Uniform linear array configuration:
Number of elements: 12
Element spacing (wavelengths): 1
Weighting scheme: blackman
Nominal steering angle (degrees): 0
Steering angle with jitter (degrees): -1.023
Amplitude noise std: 0.05
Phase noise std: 0.05

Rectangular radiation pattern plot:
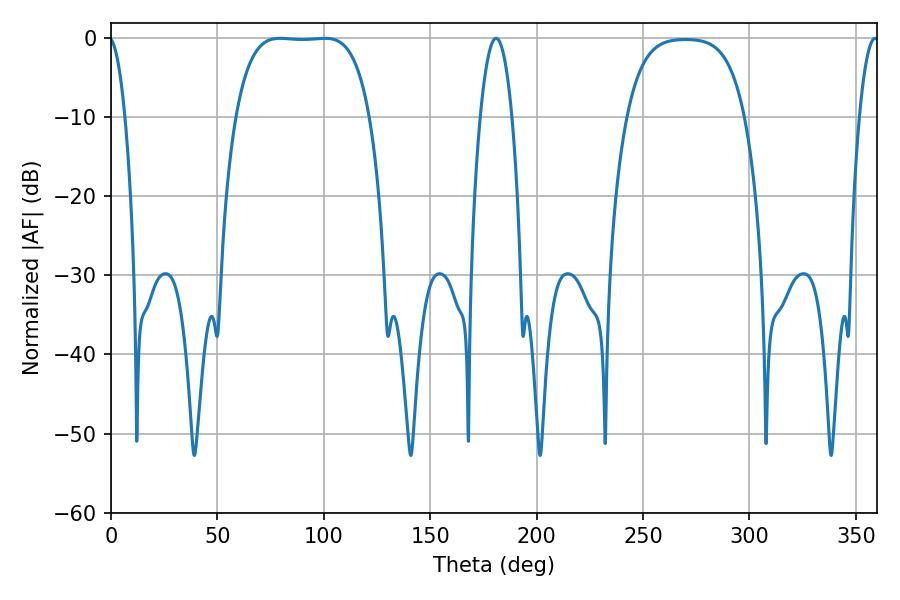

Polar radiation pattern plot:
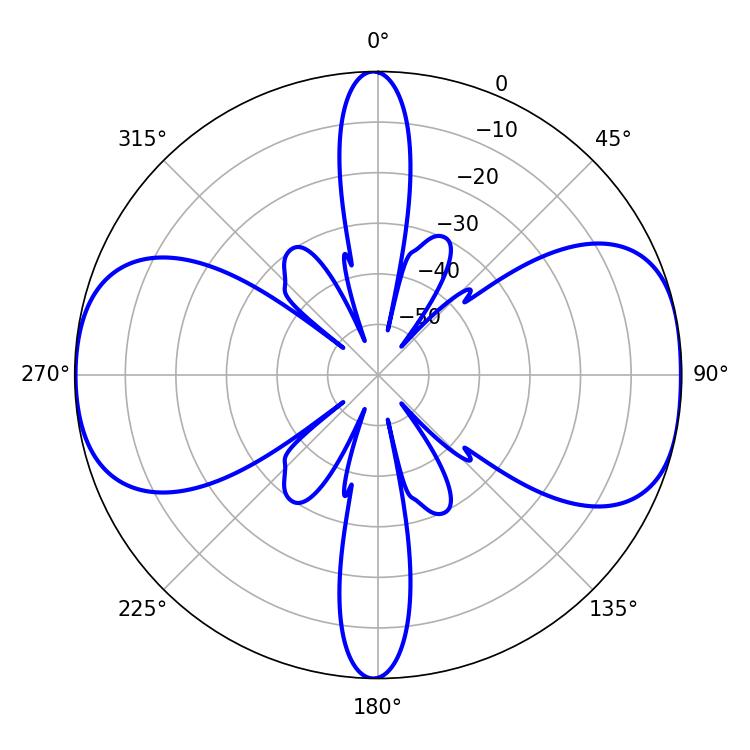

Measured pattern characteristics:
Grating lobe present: TRUE
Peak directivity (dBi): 10.586
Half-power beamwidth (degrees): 48.96
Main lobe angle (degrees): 79.56